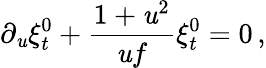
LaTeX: \partial_{\mathit{u}}\xi_{t}^{0}+{\frac{{1+\mathit{u}^{2}}}{{\mathit{u}f}}}\xi_{t}^{0}=0\, ,